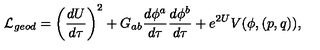
{ \cal L } _ { g e o d } = \left( { \frac { d U } { d \tau } } \right) ^ { 2 } + G _ { a b } { \frac { d \phi ^ { a } } { d \tau } } { \frac { d \phi ^ { b } } { d \tau } } + e ^ { 2 U } V ( \phi , ( p , q ) ) ,